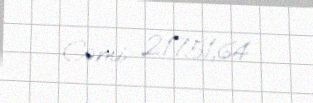
Cəmi: 21751,64